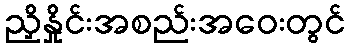
ညှိနှိုင်းအစည်းအဝေးတွင်